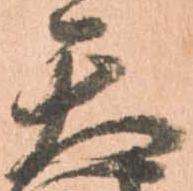
天